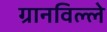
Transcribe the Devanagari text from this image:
ग्रानविल्ले